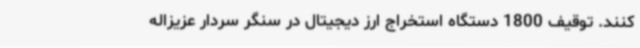
کنند. توقیف 1800 دستگاه‌ استخراج ارز دیجیتال در سنگر سردار عزیزاله